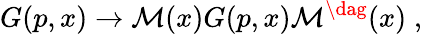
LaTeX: G(p,x)\rightarrow{\cal M}(x)G(p,x){\cal M}^{\dag}(x)\; ,